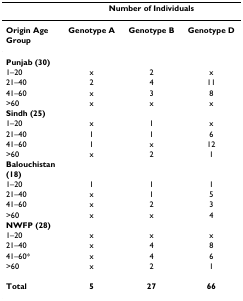
|  | <COLSPAN=3> Number of Individuals |
 | --- | --- | --- | --- |
 | Origin Age Group | Genotype A | Genotype B | Genotype D |
 | Punjab (30) |  |  |  |
 | 1–20 | x | 2 | x |
 | 21–40 | 2 | 4 | 11 |
 | 41–60 | x | 3 | 8 |
 | >60 | x | x | x |
 | Sindh (25) |  |  |  |
 | 1–20 | x | 1 | x |
 | 21–40 | 1 | 1 | 6 |
 | 41–60 | 1 | x | 12 |
 | >60 | x | 2 | 1 |
 | Balouchistan (18) |  |  |  |
 | 1–20 | 1 | 1 | 1 |
 | 21–40 | x | 1 | 5 |
 | 41–60 | x | 2 | 3 |
 | >60 | x | x | 4 |
 | NWFP (28) |  |  |  |
 | 1–20 | x | x | x |
 | 21–40 | x | 4 | 8 |
 | 41–60* | x | 4 | 6 |
 | >60 | x | 2 | 1 |
 | Total | 5 | 27 | 66 |